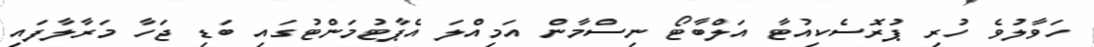
ހަވާލުވެ ހުރި ޕުރޮސެކިއުޓާ އަލްބާޓޯ ނިސްމާން އަމިއްލަ އެޕާޓުމަންޓުގައި ބަޑި ޖަހާ މަރާލާފައި